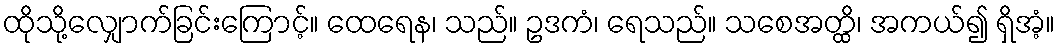
ထိုသို့လျှောက်ခြင်းကြောင့်။ ထေရေန၊ သည်။ ဥဒကံ၊ ရေသည်။ သစေအတ္ထိ၊ အကယ်၍ ရှိအံ့။